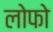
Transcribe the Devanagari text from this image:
लोफो